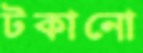
টকানো